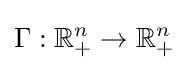
\Gamma :\mathbb {R} _{+}^{n}\rightarrow \mathbb {R} _{+}^{n}